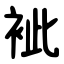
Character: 䘣